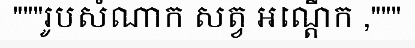
"""រូបសំណាក សត្វ អណ្តើក ,"""